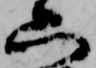
六